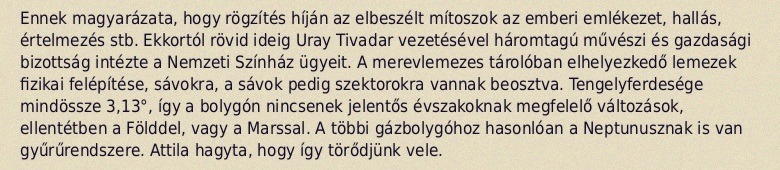
Ennek magyarázata, hogy rögzítés híján az elbeszélt mítoszok az emberi emlékezet, hallás, értelmezés stb. Ekkortól rövid ideig Uray Tivadar vezetésével háromtagú művészi és gazdasági bizottság intézte a Nemzeti Színház ügyeit. A merevlemezes tárolóban elhelyezkedő lemezek fizikai felépítése, sávokra, a sávok pedig szektorokra vannak beosztva. Tengelyferdesége mindössze 3,13°, így a bolygón nincsenek jelentős évszakoknak megfelelő változások, ellentétben a Földdel, vagy a Marssal. A többi gázbolygóhoz hasonlóan a Neptunusznak is van gyűrűrendszere. Attila hagyta, hogy így törődjünk vele.